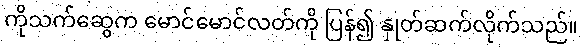
ကိုသက်ဆွေက မောင်မောင်လတ်ကို ပြန်၍ နှုတ်ဆက်လိုက်သည်။